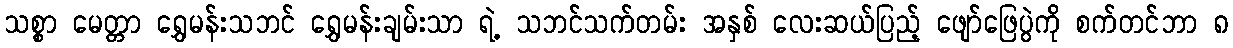
သစ္စာ မေတ္တာ ရွှေမန်းသဘင် ရွှေမန်းချမ်းသာ ရဲ့ သဘင်သက်တမ်း အနှစ် လေးဆယ်ပြည့် ဖျော်ဖြေပွဲကို စက်တင်ဘာ ၈